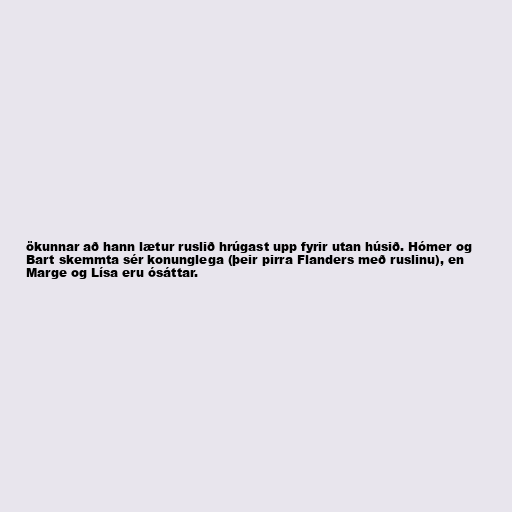
ökunnar að hann lætur ruslið hrúgast upp fyrir utan húsið. Hómer og
Bart skemmta sér konunglega (þeir pirra Flanders með ruslinu), en
Marge og Lísa eru ósáttar.